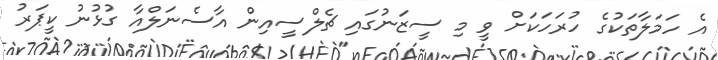
އެ ހަމަލާތަކުގެ ހުރަހަކަށް ވީ މި ސީޒަނުގައި ޗެލްސީއިން އާސެނަލްއާ ގުޅުނު ކީޕަރު